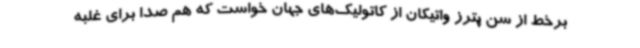
برخط از سن پترز واتیکان از کاتولیک‌های جهان خواست که هم صدا برای غلبه